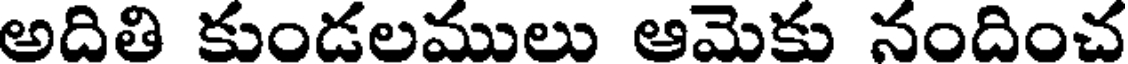
అదితి కుండలములు ఆమెకు నందించ